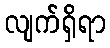
လျက်ရှိရာ